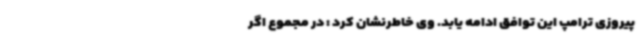
پیروزی ترامپ این توافق ادامه یابد. وی خاطرنشان کرد : در مجموع اگر